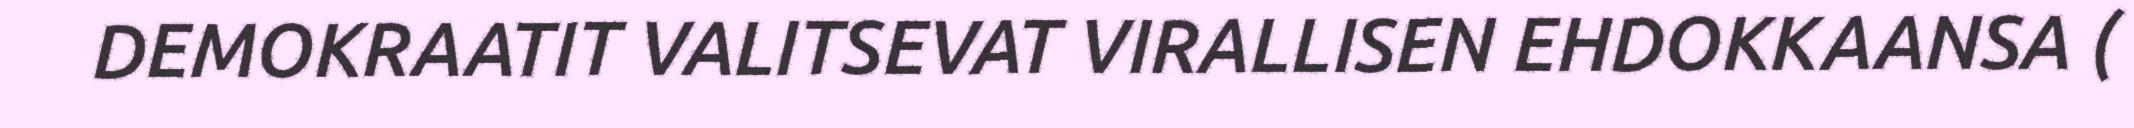
DEMOKRAATIT VALITSEVAT VIRALLISEN EHDOKKAANSA (